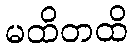
မထိတထိ